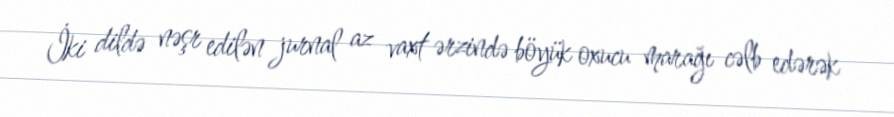
İki dildə nəşr edilən jurnal az vaxt ərzində böyük oxucu marağı cəlb edərək